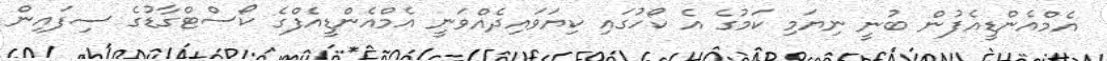
އެމްއެންޑީއެފުން ބުނީ ނިޔަމި ކަމުގެ އެ ކޯހުގައި ކިޔަވައިދެއްވަނީ އެމްއެންޑީއެފްގެ ކޯސްޓްގާޑުގެ ސިފައިން